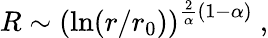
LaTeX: R\sim\left(\ln(r/r_{0})\right)^{{\frac{2}{\alpha}}(1-\alpha)}~,